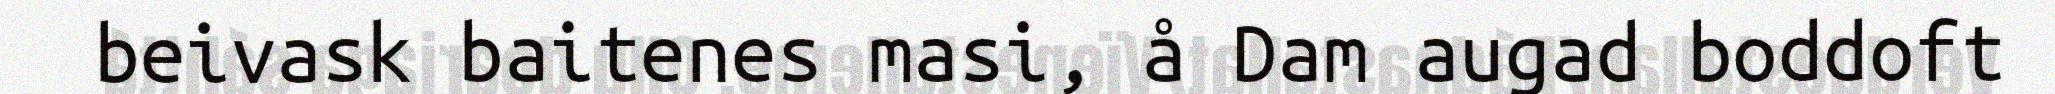
beivask baitenes masi, å Dam augad boddoft